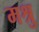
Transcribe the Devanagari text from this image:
मश्रु